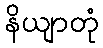
နိယျာတုံ